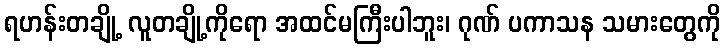
ရဟန်းတချို့ လူတချို့ကိုရော အထင်မကြီးပါဘူး၊ ဂုဏ် ပကာသန သမားတွေကို